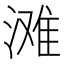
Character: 滩